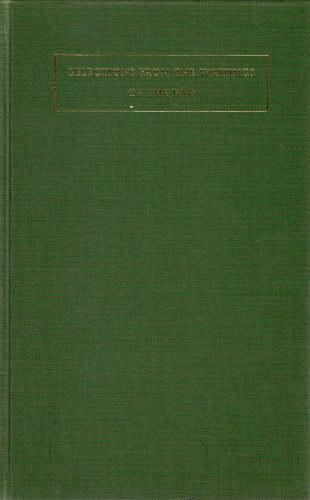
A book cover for Selections from the Writings of the Bab; Ali Muhammad Shirazi Bab; Religion & Spirituality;